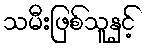
သမီးဖြစ်သူနှင့်